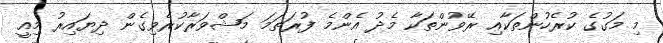
މި މަގުގެ ކުރެހުންތަކާއި ރޭވުންތަކާ މެދު އެންމެ ފުރަތަމަ މަޝްވަރާކުރެވިގެން ދިޔައިރު މިއީ